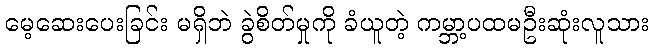
မေ့ဆေးပေးခြင်း မရှိဘဲ ခွဲစိတ်မှုကို ခံယူတဲ့ ကမ္ဘာ့ပထမဦးဆုံးလူသား